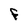
Character: F